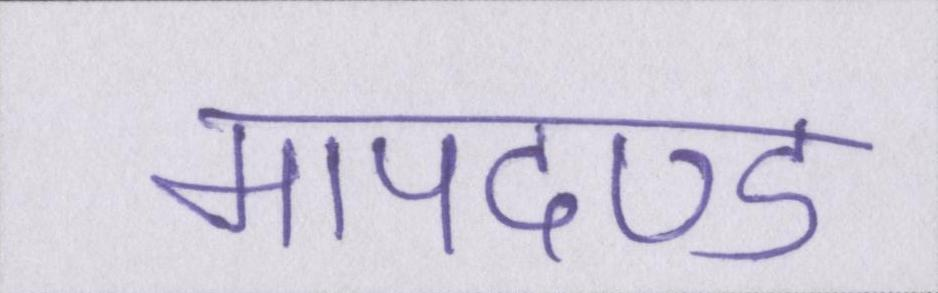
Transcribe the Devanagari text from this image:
मापदण्ड